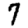
Digit: 7